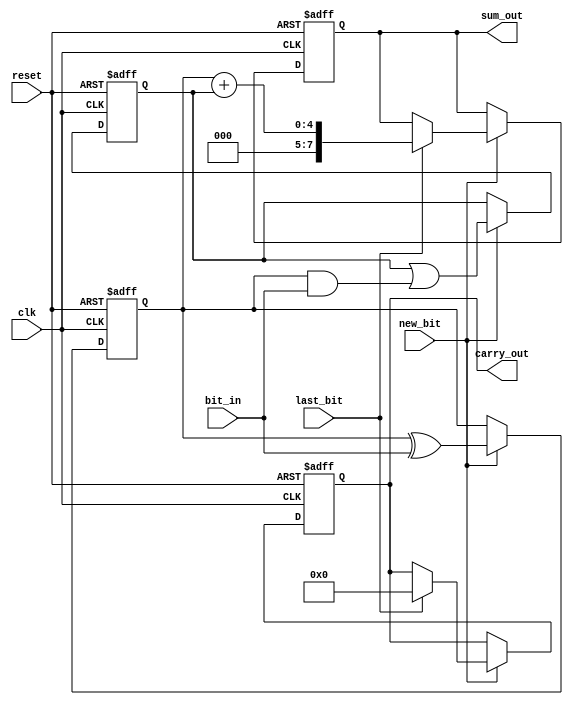
module carry_save_adder (
    input wire clk,                 // Clock signal
    input wire reset,               // Reset signal
    input wire new_bit,             // Control signal to indicate a new bit
    input wire [N-1:0] bit_in,      // Serial input bits (N-bits wide)
    input wire last_bit,            // Signal to indicate the last bit
    output reg [2*N-1:0] sum_out,   // Output sum
    output reg [N-1:0] carry_out     // Output carry
);
    parameter N = 4; // Number of bits for each input number

    reg [N-1:0] sum;                  // Current sum bits
    reg [N-1:0] carry;                // Current carry bits
    reg [N-1:0] temp_sum;             // Temporary sum for current bit
    reg [N-1:0] temp_carry;           // Temporary carry for current bit
    reg [3:0] bit_count;              // Counter for number of bits processed

    // Sequential block to handle input and addition
    always @(posedge clk or posedge reset) begin
        if (reset) begin
            sum <= 0;
            carry <= 0;
            sum_out <= 0;
            carry_out <= 0;
            bit_count <= 0;
        end else if (new_bit) begin
            // Carry Save Logic for incoming bit
            temp_sum = sum ^ bit_in;               // Sum bits
            temp_carry = carry | (sum & bit_in);   // Carry bits
            
            // Update sum and carry
            sum <= temp_sum;
            carry <= temp_carry;

            bit_count <= bit_count + 1; // Increment bit count
            
            // If this is the last bit, compute the final output
            if (last_bit) begin
                // Final addition to resolve carry bits
                {carry_out, sum_out} <= (sum + carry);
            end
        end
    end
endmodule